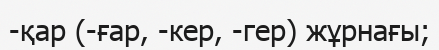
-қар (-ғар, -кер, -гер) жұрнағы;